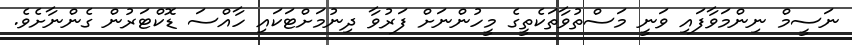
ނަސީމް ނިންމަވާފައި ވަނީ މަސްތުވާތަކެތީގެ މީހުންނަށް ފަރުވާ ދިނުމަށްޓަކައި ހާއްސަ ޑޮކްޓަރުން ގެންނާށެވެ.